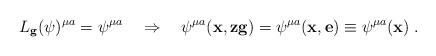
LaTeX: \begin{align*} L_\mathbf{g} (\psi)^{\mu a}=\psi^{\mu a} \ \ \ \Rightarrow \ \ \ \psi ^{\mu a} (\mathbf{x}, \mathbf{z}\mathbf{g})= \psi^{\mu a} (\mathbf{x}, \mathbf{e})\equiv \psi^{\mu a } (\mathbf{x}) \;.\end{align*}